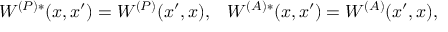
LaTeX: W ^ { ( P ) * } ( x , x ^ { \prime } ) = W ^ { ( P ) } ( x ^ { \prime } , x ) , \; \; \; W ^ { ( A ) * } ( x , x ^ { \prime } ) = W ^ { ( A ) } ( x ^ { \prime } , x ) ,